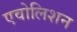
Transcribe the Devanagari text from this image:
एवोलिशन